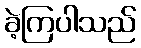
ခဲ့ကြပါသည်